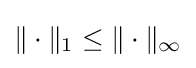
\|\cdot \|_{1}\leq \|\cdot \|_{\infty }